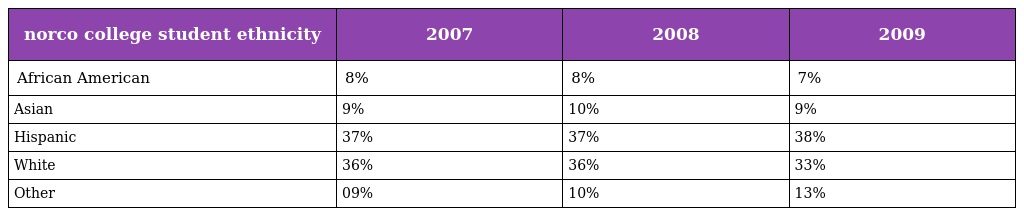
| norco college student ethnicity | 2007 | 2008 | 2009 |
 | --- | --- | --- | --- |
 | African American | 8% | 8% | 7% |
 | Asian | 9% | 10% | 9% |
 | Hispanic | 37% | 37% | 38% |
 | White | 36% | 36% | 33% |
 | Other | 09% | 10% | 13% |